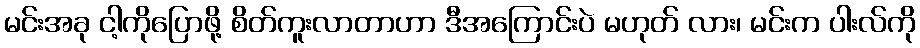
မင်းအခု ငါ့ကိုပြောဖို့ စိတ်ကူးလာတာဟာ ဒီအကြောင်းပဲ မဟုတ် လား၊ မင်းက ပါးလ်ကို